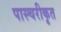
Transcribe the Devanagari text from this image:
पास्चरीकृत